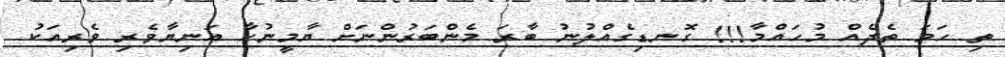
ތި ހަމަ ތެދެއް މުހައްމާ!!! ގޮނޑިގެއްލުނު ބާރަ މެންބަރުންނަށް ޔާމީނުހާ އަނިޔާވެރި ވެރިއަކު